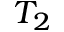
T _ { 2 }